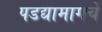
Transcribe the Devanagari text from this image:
पडद्यामागचे